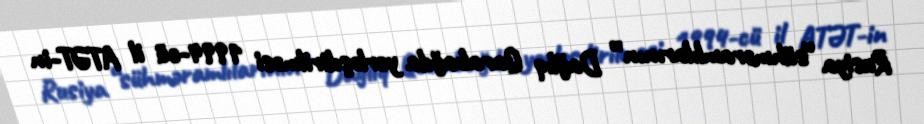
Rusiya “sühməramlılarının” Dağlıq Qarabağda yerləşdirilməsi 1994-cü il ATƏT-in